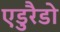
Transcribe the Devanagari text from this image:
एडुरैडो